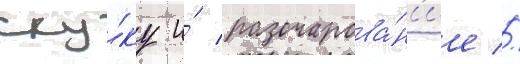
ску́ку и́ разочарова́н'ие //